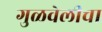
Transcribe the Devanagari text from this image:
गुळवेलीचा